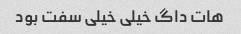
هات داگ خیلی خیلی سفت بود